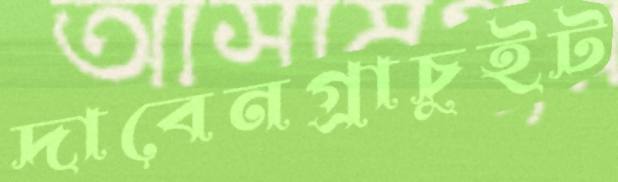
দাবেনগ্রাচুইট